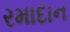
રમાદાન